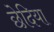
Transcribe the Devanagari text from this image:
छेदिया